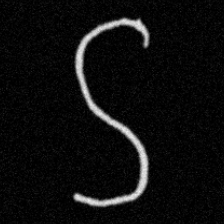
Pyu character \u2014 Myanmar letter: ဌ (romanized: ttha)